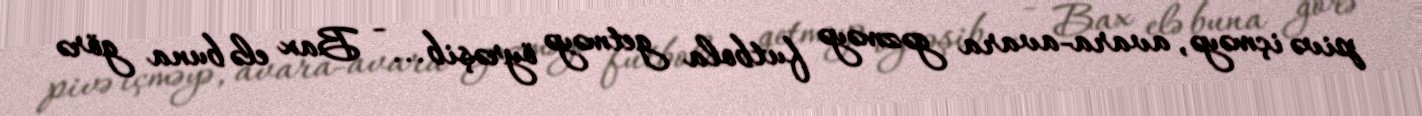
pivə içməyə, avara-avara gəzməyə futbola getməyə öyrəşib... - Bax elə buna görə